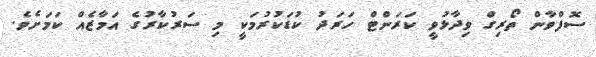
ސޮފްވާން ތޯރިގް ވިދާޅުވީ ކަރަންޓް ހަރަދު ކުޑަކުރުމަކީ މި ސަރުކާރުގެ އަމާޒެއް ކަމަށެވެ.